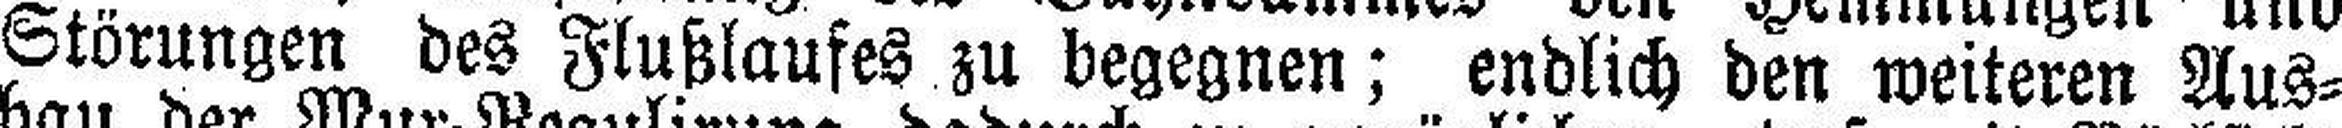
Störungen des Flußlaufes zu begegnen; endlich den weiteren Aus¬